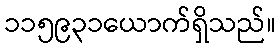
၁၁၅၉၃၁ယောက်ရှိသည်။